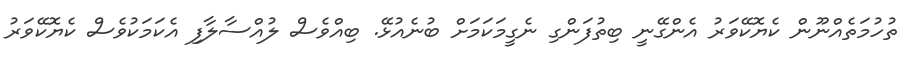
ތުހުމަތެއްނޫން ކެޔޮކޭވަރު އެންގޭނީ ބިތުފަންގި ނެގީމަކަމަށް ބުނެއުޅޭ. ބިއްވެސް ލުއްސާލާފި އެކަމަކުވެސް ކެޔޮކޭވަރު